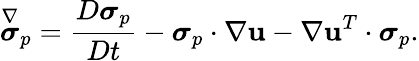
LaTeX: \overset{\nabla}{\boldsymbol{\sigma}}_{p}=\frac{D\boldsymbol{\sigma}_{p}}{Dt}-\boldsymbol{\sigma}_{p}\cdot\nabla\mathbf{u}-\nabla\mathbf{u}^{T}\cdot\boldsymbol{\sigma}_{p}.